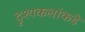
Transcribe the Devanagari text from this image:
दृश्यकलांकडे